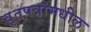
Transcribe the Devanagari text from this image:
वृतपत्रांमधील